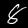
Label: 8